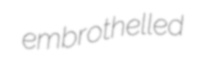
embrothelled